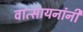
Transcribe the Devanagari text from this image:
वात्सायनांनी